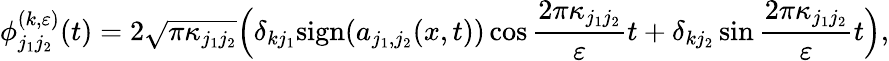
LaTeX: \phi_{j_{1}j_{2}}^{(k,\varepsilon)}(t)=2\sqrt{\pi\kappa_{j_{1}j_{2}}}\Big(\delta_{kj_{1}}\mathrm{sign}(a_{j_{1},j_{2}}(x,t))\cos{\frac{2\pi\kappa_{j_{1}j_{2}}}{\varepsilon}}t+\delta_{kj_{2}}\sin{\frac{2\pi\kappa_{j_{1}j_{2}}}{\varepsilon}}t\Big),